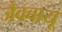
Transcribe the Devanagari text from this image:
जैववायू